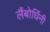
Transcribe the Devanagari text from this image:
लैंबोर्घिनी